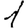
Digit: 1